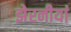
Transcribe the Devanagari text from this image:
झेरनीयां